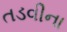
તડવીના